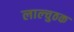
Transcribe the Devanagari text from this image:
लाल्चुठक